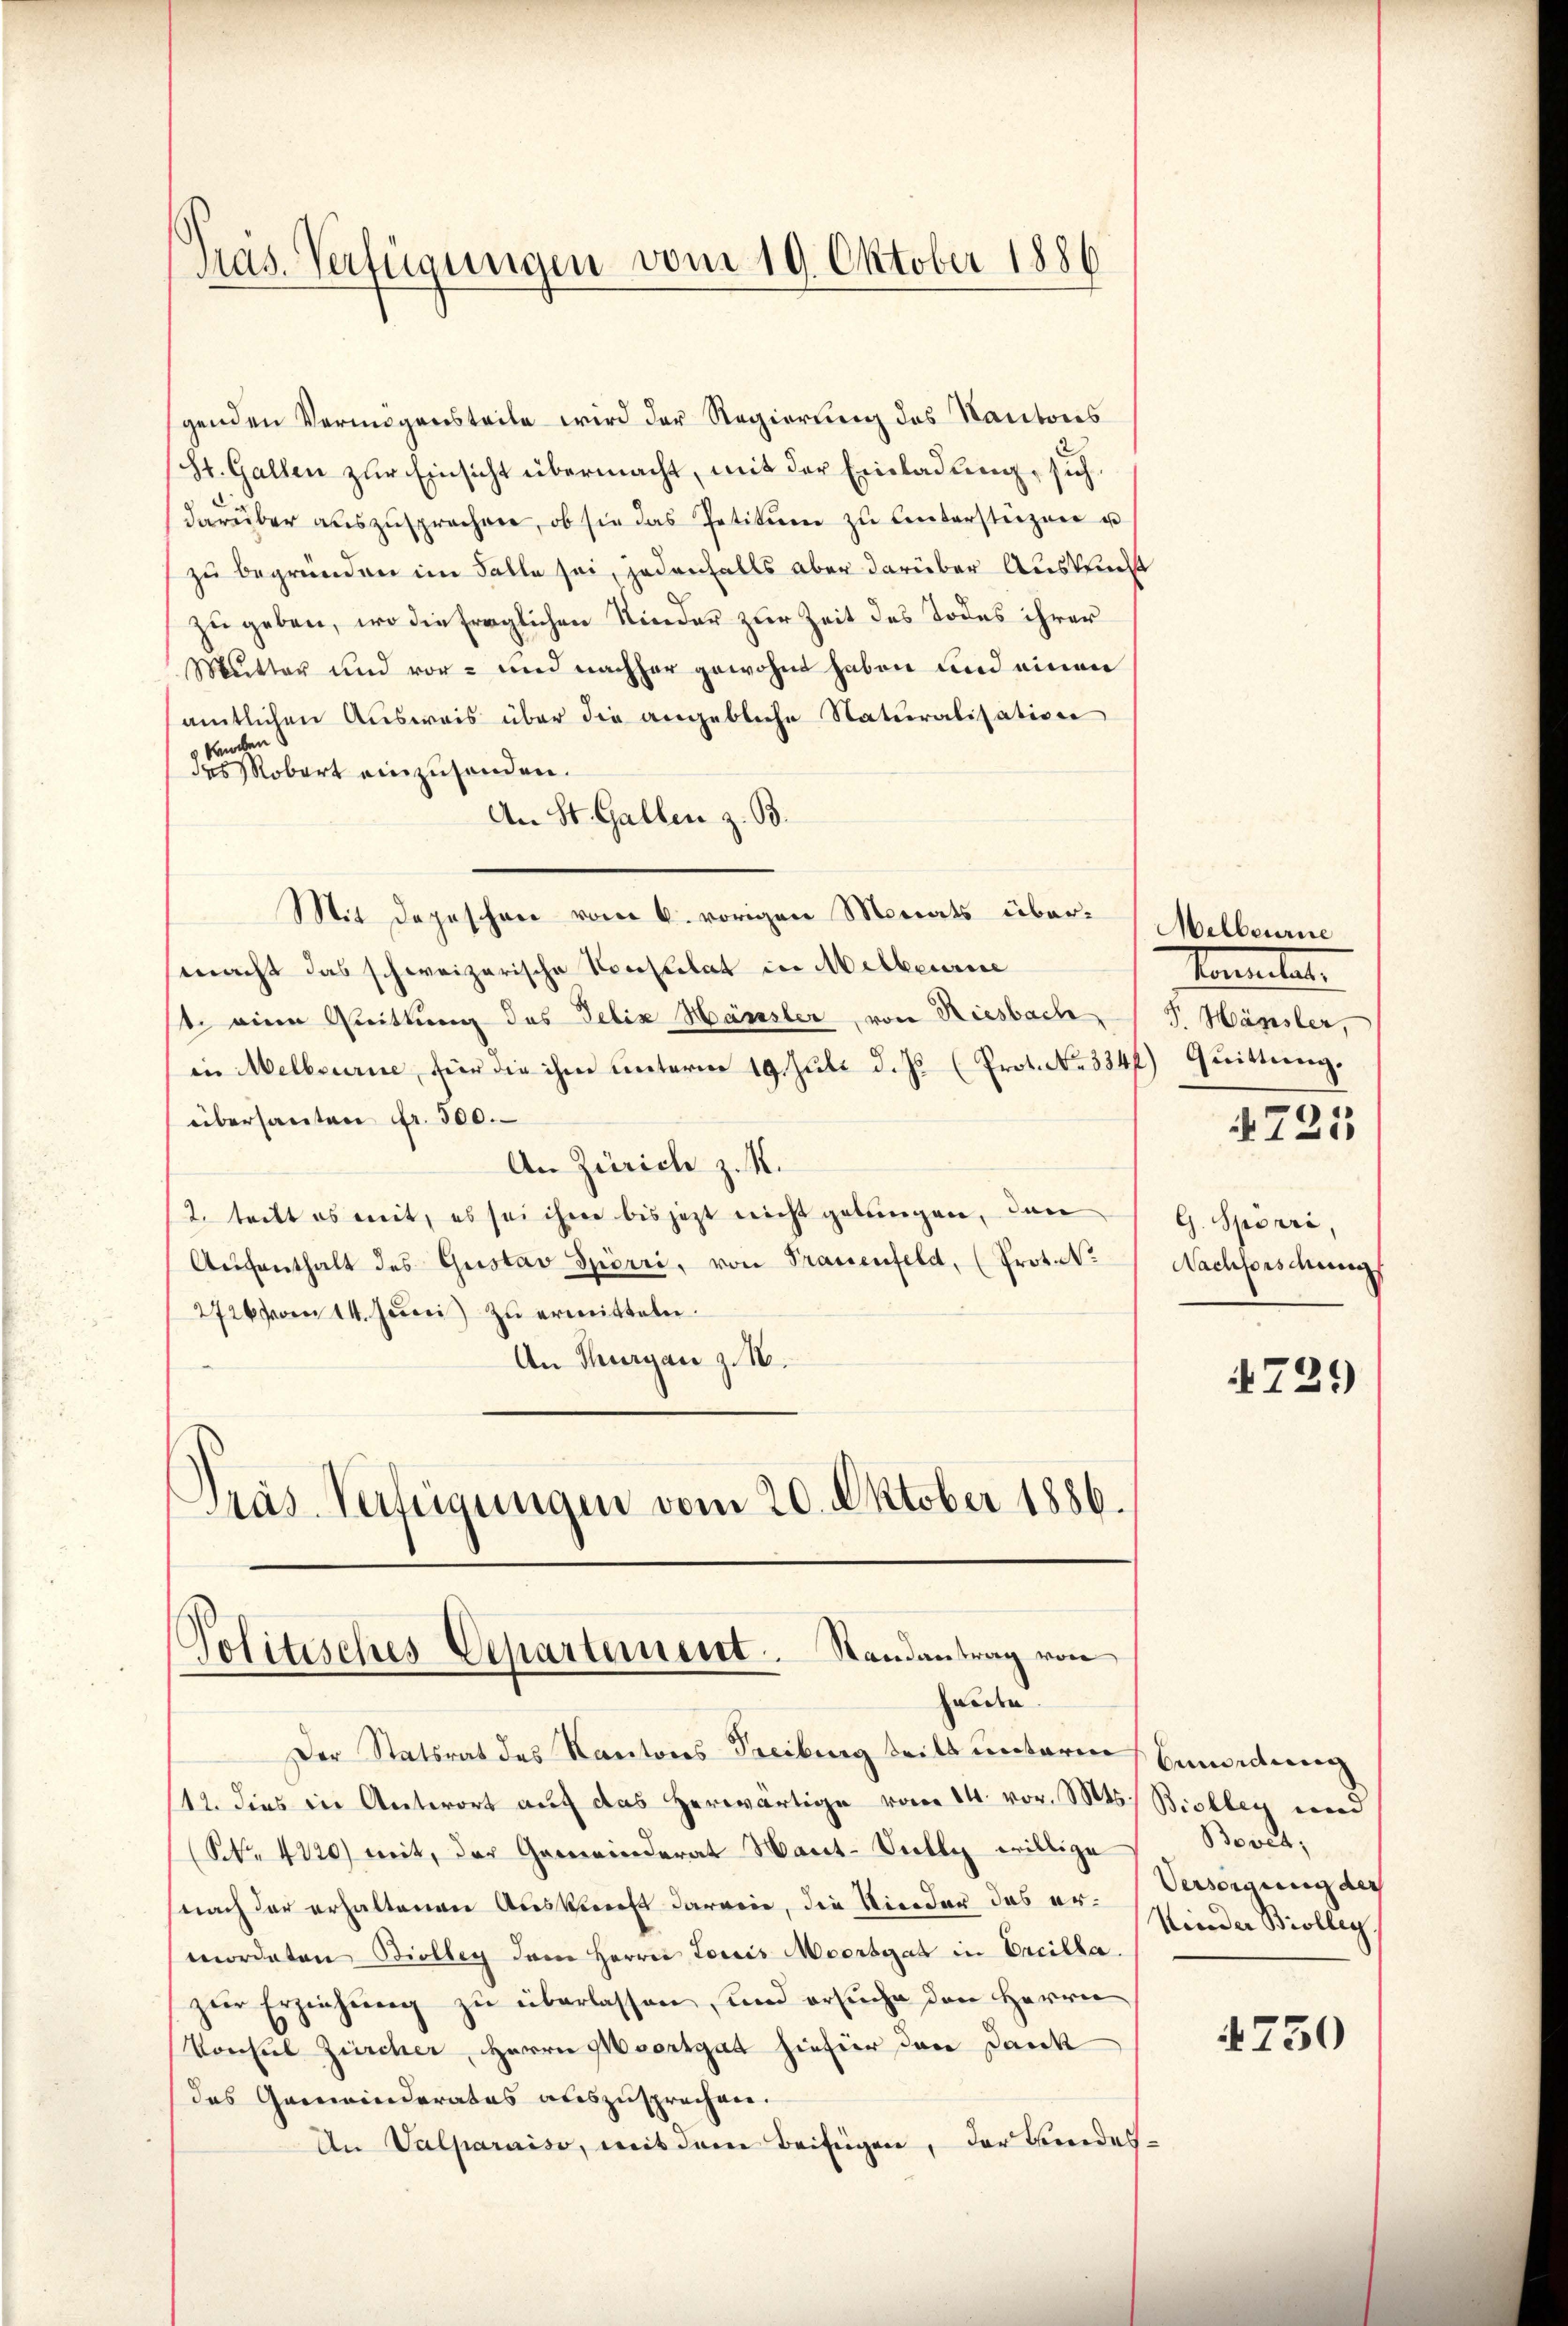
genden Vermögensteile wird der Regierung des Kantons
St. Gallen zur Einsicht übermacht, mit der Einladung, sich
darüber aŭszŭsprechen, ob sie das Petitŭm zŭ ŭnterstüzen u
zu begründen im Falle sei, jedenfalls aber darüber Ausbrucht
zu geben, wo die fraglichen Kinder zur Zeit des Todes ihrer
Mutter und vor- und nachher gewohnt haben und einen
amtlichen Ausweis über die angebliche Naturalisation
kancken
des Robert einzusenden.
An St. Gallen z. B.
Mit depeschen vom 6. vorigen Monats übereacht das schweizerische Konsulat in Mitbeurice
t. eine Quittung des Felix Hänsler, von Riesbach
in Melbourne, für die ihm unterm 19. Juli d. Js. (Prot. No. 334f) Quittung.
übersanten Fr. 500.
An Zürich z. K.
2. teilt es mit, es sei ihm bis jezt nicht gelungen, den
Aŭfenthalt des Gustav Spörri, von Frauenfeld, (Prot. N.
2726 von 14. Juni zu ermitteln.
An Thurgau z. B.
Präs. Verfügungen vom 20. Oktober 1886.

Präs. Verfügungen vom 19. Oktober 1886

Politisches Departement. Randantrag von
halden.

Der Statsrat des Kantons Treiburg teils unterm
12. dies in Unterort auf das herwärtige vom 14. vor. Mts. Biolleg wie
(NNo. 4120) mit, der Gemeinderat Haut-Sully willige
nach der erhaltenen Auskunft daran, die Nieder das er- Versorgung der
mordeten Biolleg dem Herrn Loris Moorsgat in Ercilla.
zŭr Erziehŭng zŭ überlassen, und ersuche den Herrn
Vonsul Zürcher, Herrn Moortgat hiefür den Dank
das Gemeinderatus auszusprechen.
An Valparaiso, mit dem Beifügen, der Kindes¬

Melbourne
komentat
F. Hänsler,

721

G. Spörri,
Nachforschung

729)

Qundung
Bools,
Kinder Biolleg

4750